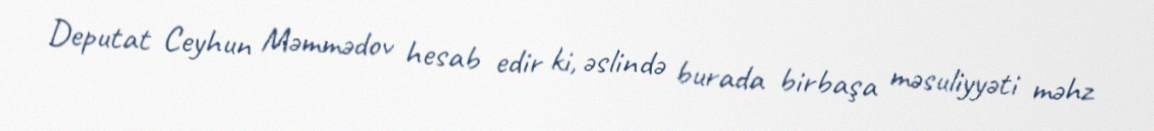
Deputat Ceyhun Məmmədov hesab edir ki, əslində burada birbaşa məsuliyyəti məhz